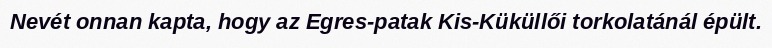
Nevét onnan kapta, hogy az Egres-patak Kis-Küküllői torkolatánál épült.